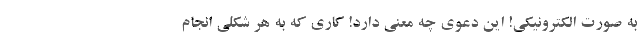
به صورت الکترونیکی! این دعوی چه معنی دارد! کاری که به هر شکلی انجام